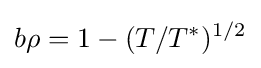
b\rho =1-(T/T^{*})^{1/2}